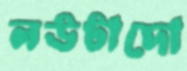
লউটাদো